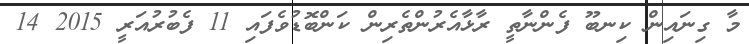
މާ ގިނައިން ކިނބޫ ފެންނާތީ ރާޅާއެރުންތެރިން ކަންބޮޑުވެފައި 11 ފެބުރުއަރީ 2015 14